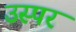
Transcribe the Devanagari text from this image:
उस्पर